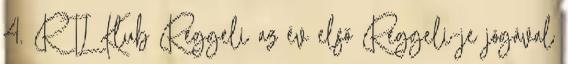
4. RTL Klub Reggeli az év első Reggeli-je jógával